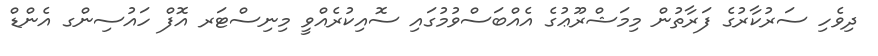
ދިވެހި ސަރުކާރުގެ ފަރާތުން މިމަޝްރޫޢުގެ އެއްބަސްވުމުގައި ސޮއިކުރެއްވީ މިނިސްޓަރ އޮފް ހައުސިންގ އެންޑް